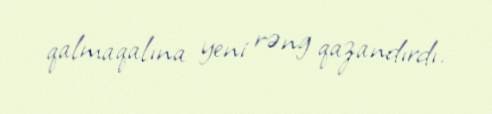
qalmaqalına yeni rəng qazandırdı.